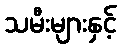
သမီးများနှင့်